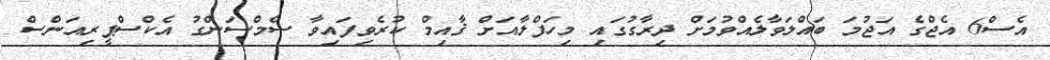
އެސް6 އެޖްގެ އަޖުމަ ބައްލަވާލެއްވުމަށް ދިރާގުގައި މިހަފްލާއަށް ޤާއިމް ކުރެވިފައިވާ ސެމްސަންގު އެކްސްޕީރިއަންސް